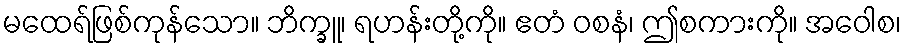
မထေရ်ဖြစ်ကုန်သော။ ဘိက္ခူ၊ ရဟန်းတို့ကို။ ဧတံ ဝစနံ၊ ဤစကားကို။ အဝေါစ၊